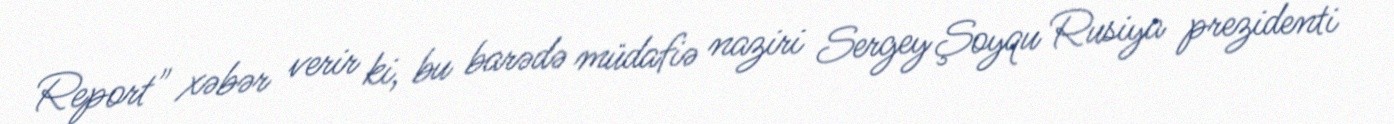
Report" xəbər verir ki, bu barədə müdafiə naziri Sergey Şoyqu Rusiya prezidenti